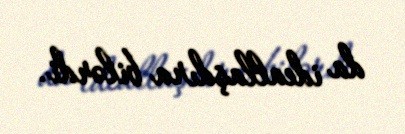
da ideallaşdıra bilərdi.